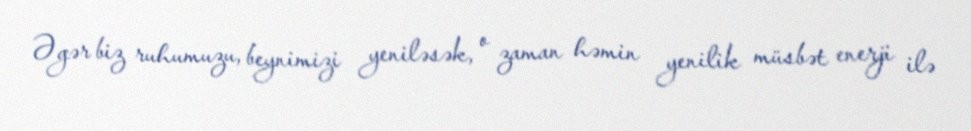
Əgər biz ruhumuzu, beynimizi yeniləsək, o zaman həmin yenilik müsbət enerji ilə